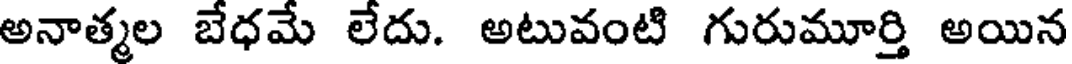
అనాత్మల బేధమే లేదు. అటువంటి గురుమూర్తి అయిన